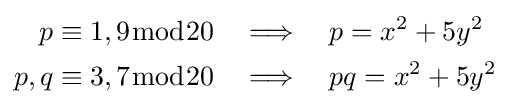
{\begin{aligned}p&\equiv 1,9{\bmod {20}}\quad \Longrightarrow \quad p=x^{2}+5y^{2}\\p,q&\equiv 3,7{\bmod {20}}\quad \Longrightarrow \quad pq=x^{2}+5y^{2}\end{aligned}}